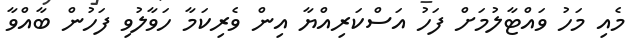
މެއި މަހު ވައްޓާލުމަށް ފަހު އަސްކަރިއްޔާ އިން ވެރިކަމާ ހަވާލުވި ފަހުން ބާއްވާ